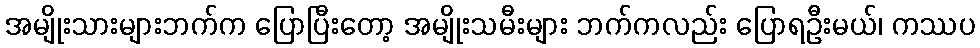
အမျိုးသားများဘက်က ပြောပြီးတော့ အမျိုးသမီးများ ဘက်ကလည်း ပြောရဦးမယ်၊ ကဿပ